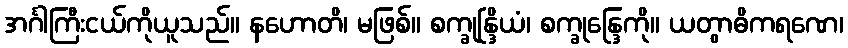
အင်္ဂါကြီးငယ်ကိုယူသည်။ နဟောတိ၊ မဖြစ်။ စက္ခုန္ဒြိယံ၊ စက္ခုန္ဒြေကို။ ယတွာဓိကရဏေ၊